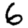
Digit: 6